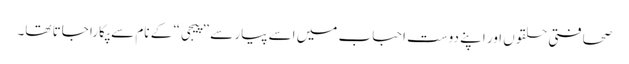
صحافتی حلقوں اور اپنے دوست احباب میں اسے پیار سے ”پیجی“ کے نام سے پکارا جاتا تھا۔